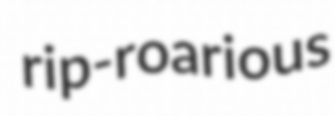
rip-roarious